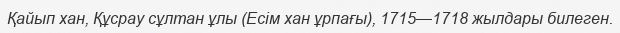
Қайып хан, Құсрау сұлтан ұлы (Есім хан ұрпағы), 1715—1718 жылдары билеген.